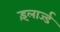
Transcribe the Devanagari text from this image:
इंलार्ज्ड